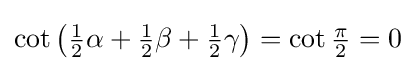
\cot \left({\tfrac {1}{2}}\alpha +{\tfrac {1}{2}}\beta +{\tfrac {1}{2}}\gamma \right)=\cot {\tfrac {\pi }{2}}=0